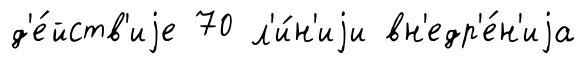
д'е́йств'иjе 70 л'и́н'иjи вн'едр'е́н'иjа